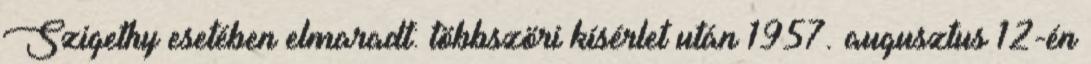
Szigethy esetében elmaradt: többszöri kísérlet után 1957. augusztus 12-én